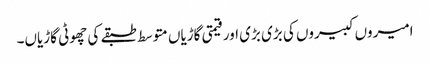
امیروں کبیروں کی بڑی بڑی اور قیمتی گاڑیاں متوسط طبقے کی چھوٹی گاڑیاں۔